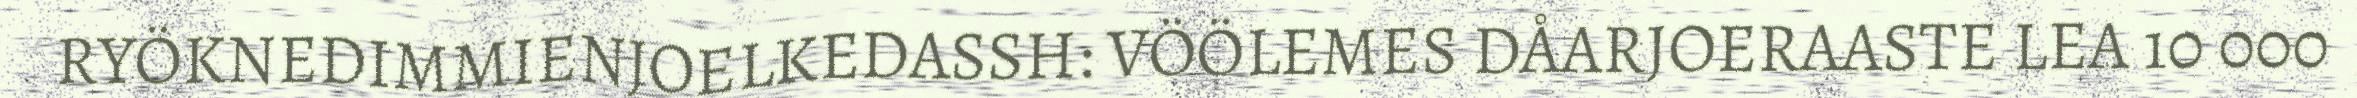
RYÖKNEDIMMIENJOELKEDASSH: VÖÖLEMES DÅARJOERAASTE LEA 10 000